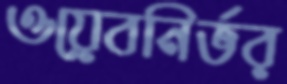
ওয়েবনির্ভর